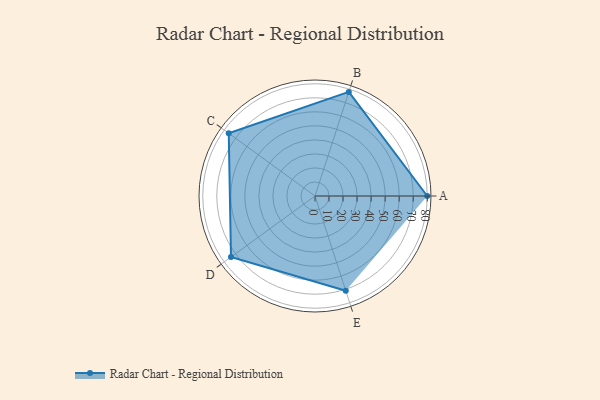
{"axis": {"x": "Skill", "y": "Score"}, "legend": ["Profile"], "data": [{"x": "A", "y": 80.0, "type": "Profile"}, {"x": "B", "y": 78.0, "type": "Profile"}, {"x": "C", "y": 76.0, "type": "Profile"}, {"x": "D", "y": 74.0, "type": "Profile"}, {"x": "E", "y": 71.0, "type": "Profile"}]}